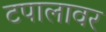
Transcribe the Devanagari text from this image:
टपालावर